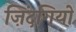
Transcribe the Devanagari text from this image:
ज़िंदगियों